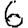
Digit: 6